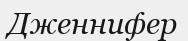
Дженнифер